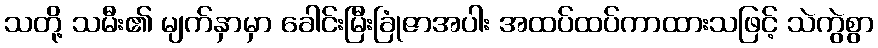
သတို့ သမီး၏ မျက်နှာမှာ ခေါင်းမြီးခြုံဇာအပါး အထပ်ထပ်ကာထားသဖြင့် သဲကွဲစွာ